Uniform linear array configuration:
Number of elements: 8
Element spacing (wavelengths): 1
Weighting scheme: hann
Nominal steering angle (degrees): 15
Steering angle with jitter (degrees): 15.5
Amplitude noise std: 0.05
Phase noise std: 0.05

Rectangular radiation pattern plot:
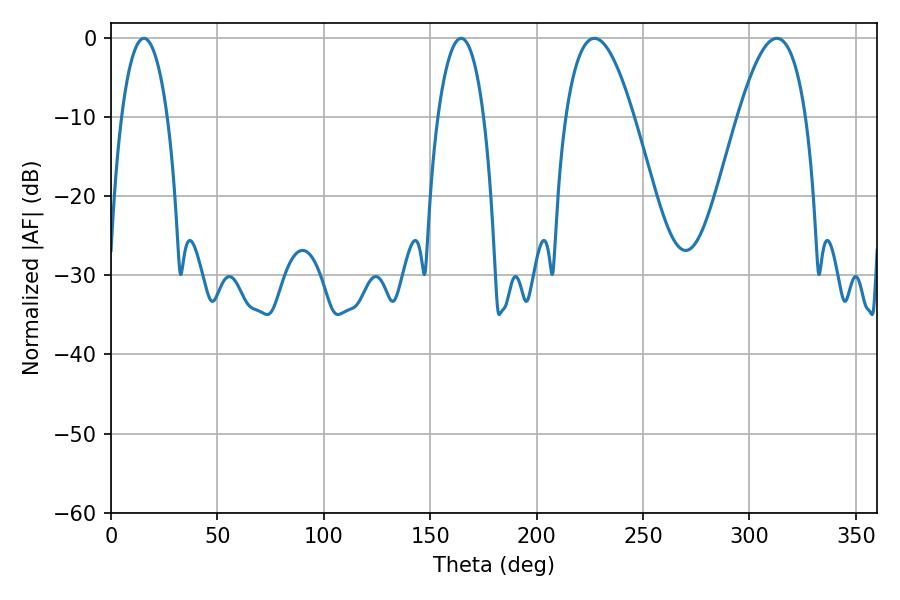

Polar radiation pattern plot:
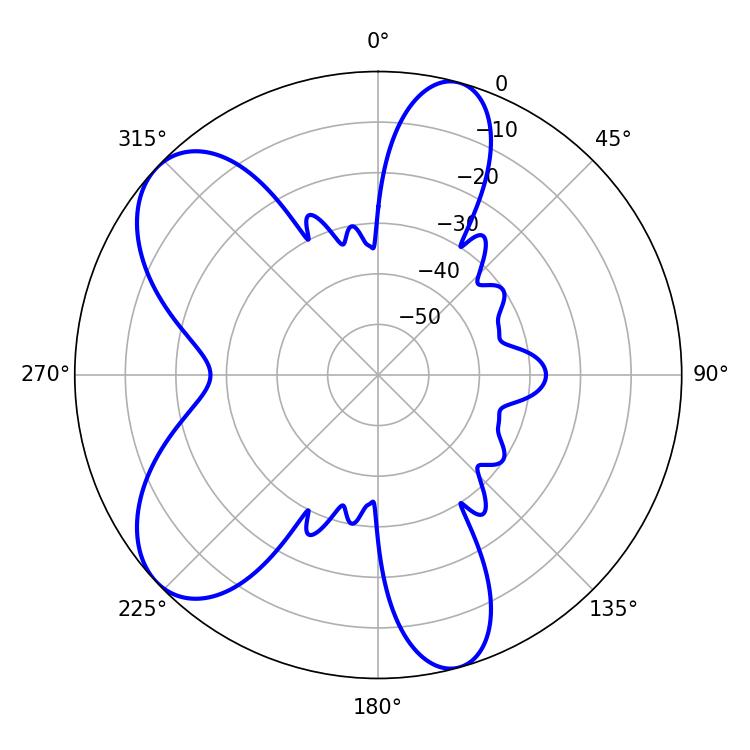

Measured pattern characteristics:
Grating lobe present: TRUE
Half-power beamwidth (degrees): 12.06
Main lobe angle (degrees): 15.48